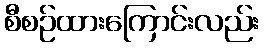
စီစဉ်ထားကြောင်းလည်း